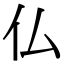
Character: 仏